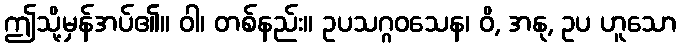
ဤသို့မှန်အပ်၏။ ဝါ၊ တစ်နည်း။ ဥပသဂ္ဂဝသေန၊ ဝိ, အနု, ဥပ ဟူသော